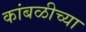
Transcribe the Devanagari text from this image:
कांबळीच्या